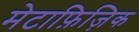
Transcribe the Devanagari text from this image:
मेटाफ़िज़िक